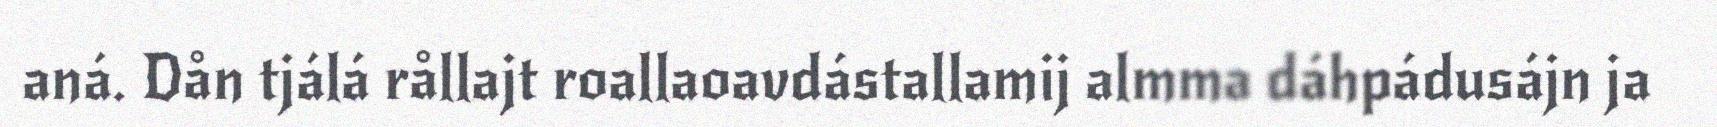
aná. Dån tjálá rållajt roallaoavdástallamij almma dáhpádusájn ja